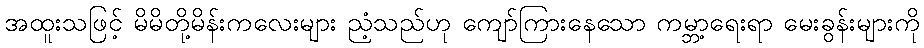
အထူးသဖြင့် မိမိတို့မိန်းကလေးများ ညံ့သည်ဟု ကျော်ကြားနေသော ကမ္ဘာ့ရေးရာ မေးခွန်းများကို